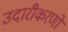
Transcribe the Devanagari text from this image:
उदारीकरणों